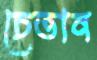
চেতান